Regulations for the medical services of the Army of India
Year: 1930
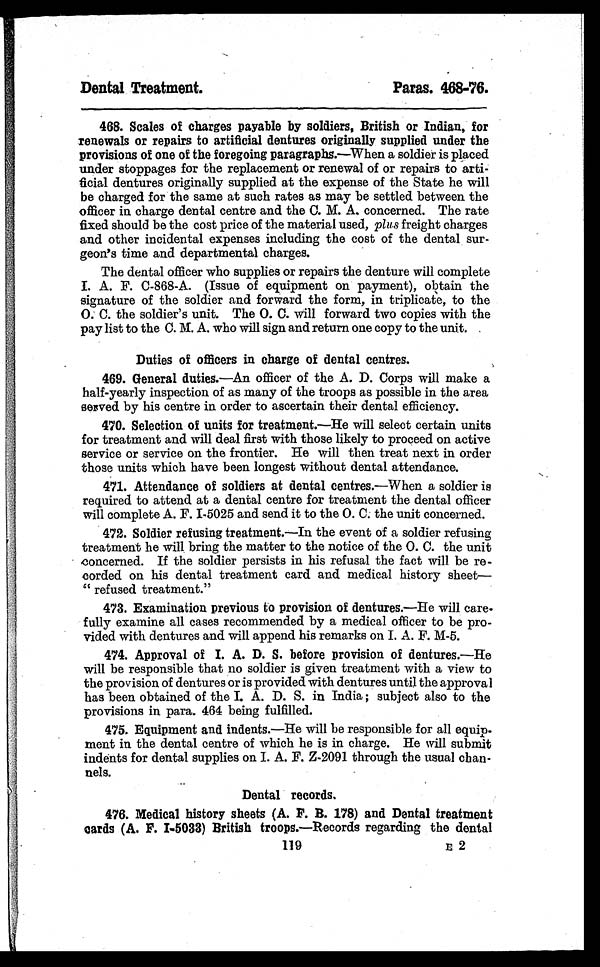
119
E 2
Dental Treatment.
Paras. 468-76.
468. Scales of charges payable by soldiers, British or Indian, for
renewals or repairs to artificial dentures originally supplied under the
provisions of one of the foregoing paragraphs.— When a soldier is placed
under stoppages for the replacement or renewal of or repairs to arti-
ficial dentures originally supplied at the expense of the State he will
be charged for the same at such rates as may be settled between the
officer in charge dental centre and the C. M. A. concerned. The rate
fixed should be the cost price of the material used, plus freight charges
and other incidental expenses including the cost of the dental sur-
geon's time and departmental charges.
The dental officer who supplies or repairs the denture will complete
I. A. F. C-868-A. (Issue of equipment on payment), obtain the
signature of the soldier and forward the form, in triplicate, to the
O. C. the soldier's unit. The O. C. will forward two copies with the
pay list to the C. M. A. who will sign and return one copy to the unit.
Duties of officers in charge of dental centres.
469. General duties.—An officer of the A. D. Corps will make a
half-yearly inspection of as many of the troops as possible in the area
served by his centre in order to ascertain their dental efficiency.
470. Selection of units for treatment.—He will select certain units
for treatment and will deal first with those likely to proceed on active
service or service on the frontier. He will then treat next in order
those units which have been longest without dental attendance.
471. Attendance of soldiers at dental centres.— When a soldier is
required to attend at a dental centre for treatment the dental officer
will complete A. F. I-5025 and send it to the O. C. the unit concerned.
472. Soldier refusing treatment.— In the event of a soldier refusing
treatment he will bring the matter to the notice of the O. C. the unit
concerned. If the soldier persists in his refusal the fact will be re-
corded on his dental treatment card and medical history sheet— -
" refused treatment."
473. Examination previous to provision of dentures.—He will care-
fully examine all cases recommended by a medical officer to be pro-
vided with dentures and will append his remarks on I. A. F. M-5.
474. Approval of I. A. D. S. before provision of dentures.— He
will be responsible that no soldier is given treatment with a view to
the provision of dentures or is provided with dentures until the approval
has been obtained of the I. A. D. S. in India ; subject also to the
provisions in para. 464 being fulfilled.
475. Equipment and indents.— He will be responsible for all equip-
ment in the dental centre of which he is in charge. He will submit
indents for dental supplies on I. A. F. Z-2091 through the usual chan-
nels.
Dental records.
476. Medical history sheets (A. F. B. 178) and Dental treatment
cards (A. F. I-5033) British troops.— Records regarding the dental